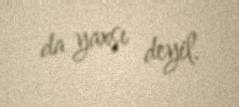
da yaxşı deyil.